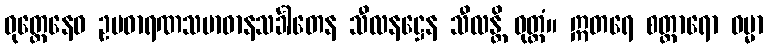
ဝုတ္တေနေဝ ဥပဓာရဏသမာဓာနသင်္ခါတေန သီလနဋ္ဌေန သီလန္တိ ဝုတ္တံ။ ဣတရေ စတ္တာရော ဓမ္မာ